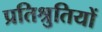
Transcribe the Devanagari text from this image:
प्रतिश्रुतियों